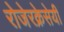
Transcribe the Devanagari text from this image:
रोजेरक्रेसेयी